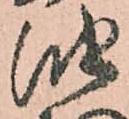
油